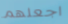
اجعلهم